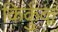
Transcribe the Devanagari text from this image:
किर्कुक